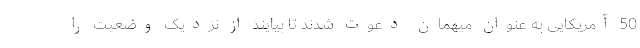
50 آمریکایی به عنوان میهمان دعوت شدند تا بیایند از نزدیک وضعیت را